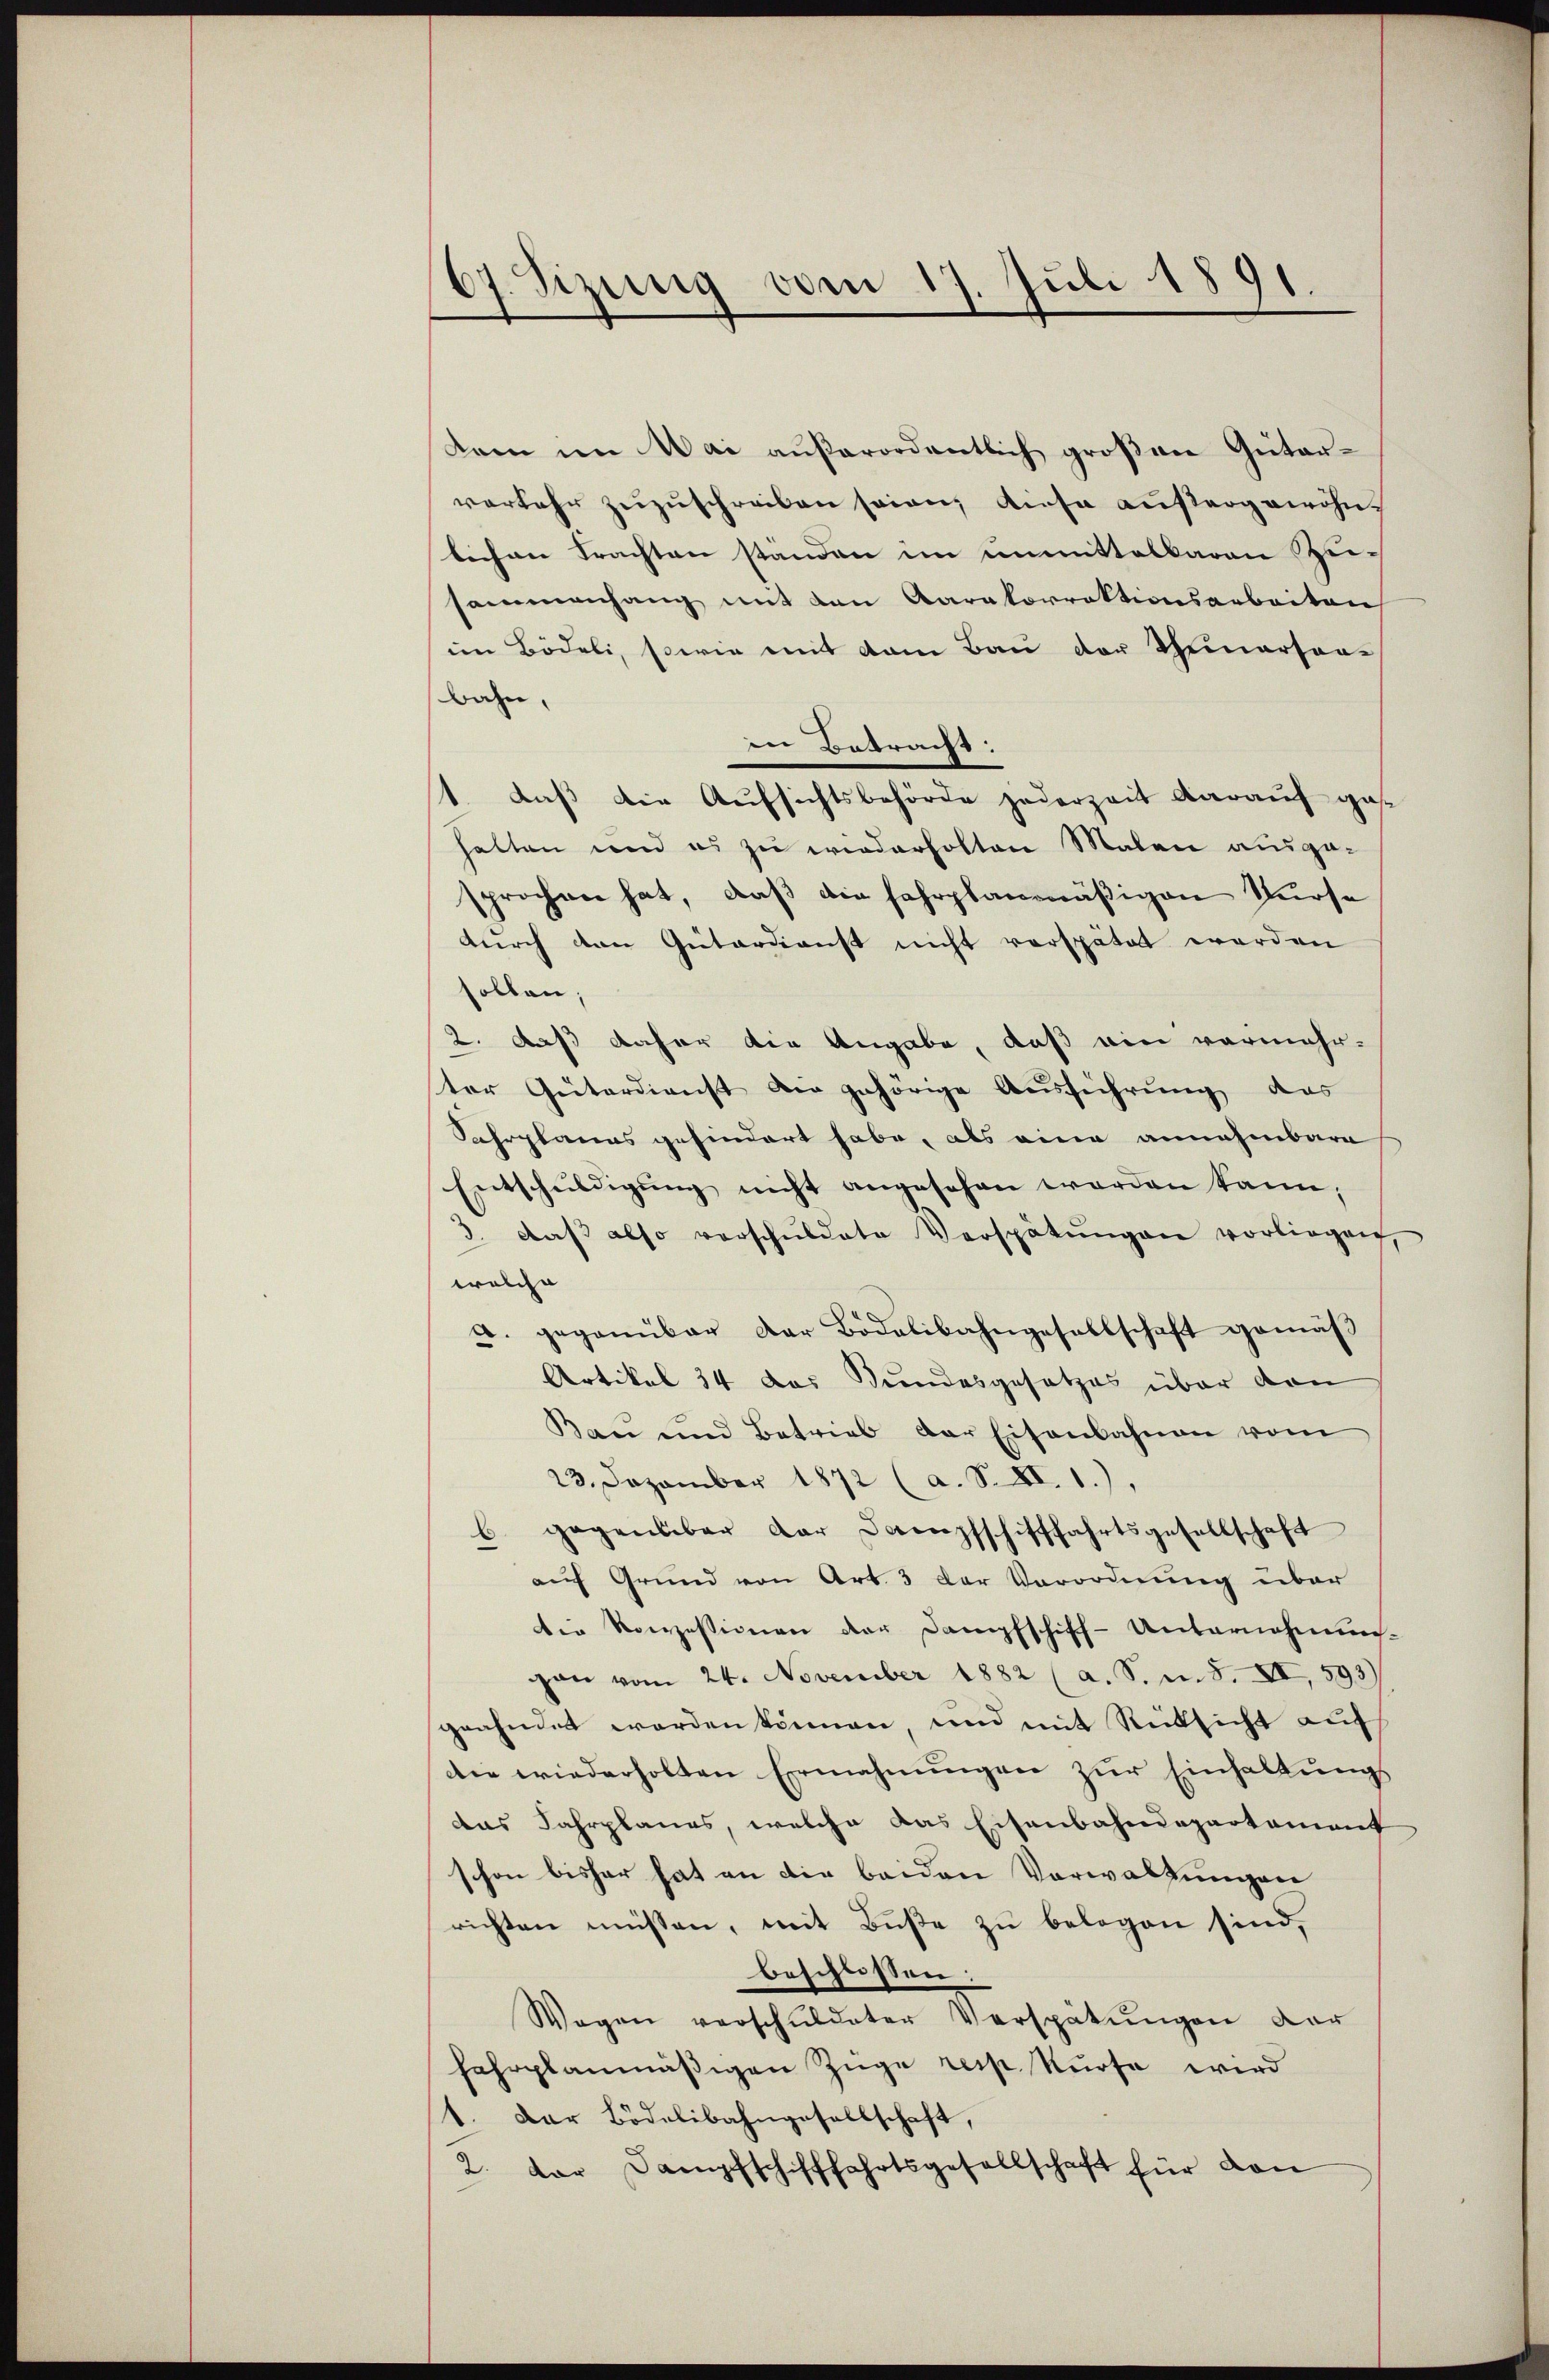
07. Sizung von 17. Juli 1891

kam im Mai außerordentlich großen Güter-
verkehr zuzuschreiben seien, diese außergewöhnlichen trachten ständen im unmittelbaren Zu-
sammenhang mit den Aarakorrektionsarbeiten
im Bödeli, sowie mit dem Bau der Thiersor-
bahn,
in Betracht:
1. daß die Aufsichtsbehörde jederzeit darauf gehalten und es zu wiederholten Malen ausgesprochen hat, daß die fahrplanmäßigen Nürse
durch den Güterdienst nicht verspätet werden
sollen;
2. daß daher die Angabe, daß ein vermehr-
ter Güterdienst die gehörige Ausführung das
Fahrplanes gehindert habe, als eine annehmbare
Entschuldigung nicht angesehen worden kann,
3. daβ also verschŭldate Verspätŭngen vorliegen,
welche
A. gegenüber der Bidelibahngesellschaft gemäβ
Artikel 34 das Bundesgesetzes über den
Bau und Betrieb der Eisenbahnen vom
23. Dezember 1872 (a. S. XI. 1.),
6 gegenüber der Dampfschifffahrtsgesellschaft
auf Grund von Art. 3 der Verordnung über
die Konzessionen der Dampfschiff-Unternehmung
gan vom 24. November 1882 (a. S. m. S. XI, 593)
geahndet werden können, und mit Rücksicht auf
die wiederholten Ermahnungen zur Einhaltungs
das Jahrplanes, welche das Eisenbahndepartement
schon bisher hat an die beiden Vorwaltungen
richten müssen, mit Buße zu belegen sind,
beschlossen:
Wegen verschŭldeter Verspätŭngen der
fahrplanmäßigen Züge resp. Kurse wird
1. Der Bödelibahngesellschaft,
2. der Dampfschifffahrtsgesellschaft für dan